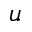
\mathfrak { u }